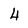
Character: 4